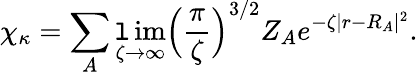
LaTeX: \chi_{\kappa}=\sum_{A}\operatorname*{\mathtt{l}im}_{\zeta\rightarrow\infty}\Big(\frac{{\pi}}{{\zeta}}\Big)^{3/2}Z_{A}e^{-\zeta|r-R_{A}|^{2}}.